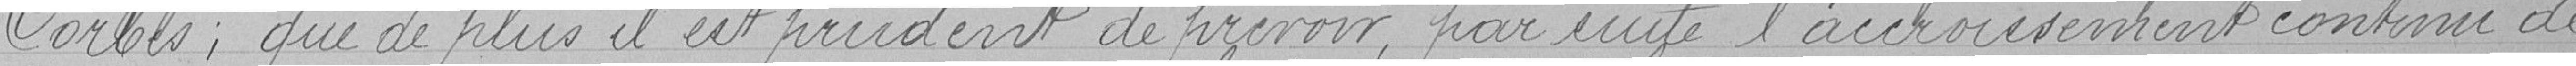
Corbes ; que de plus il est prudent de prévoir, par suite l'accroissement continu de